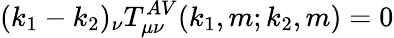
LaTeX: (k_{1}-k_{2})_{\nu}T_{\mu\nu}^{AV}(k_{1},m;k_{2},m)=0